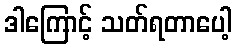
ဒါကြောင့် သတ်ရတာပေါ့